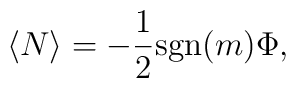
\langle N\rangle=-{1\over2}{\rm sgn}(m)\Phi,